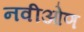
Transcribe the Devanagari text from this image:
नवीओण